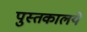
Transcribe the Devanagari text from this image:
पुस्तकालये